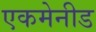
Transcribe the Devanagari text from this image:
एकमेनीड